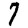
Digit: 7